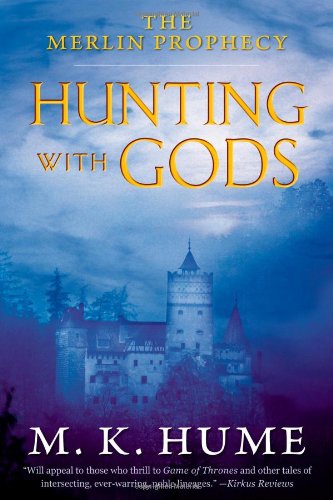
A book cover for The Merlin Prophecy Book Three: Hunting with Gods; M. K. Hume; Science Fiction & Fantasy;